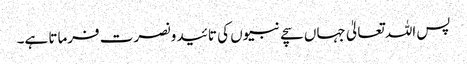
پس اللہ تعالیٰ جہاں سچے نبیوں کی تائید و نصرت فرماتا ہے۔